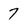
Character: 7